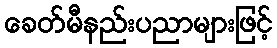
ခေတ်မီနည်းပညာများဖြင့်